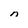
Character: n